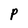
Character: P